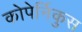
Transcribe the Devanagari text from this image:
कोपेर्निकुस